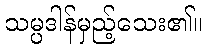
သမ္ပဒါန်မှည့်သေး၏။